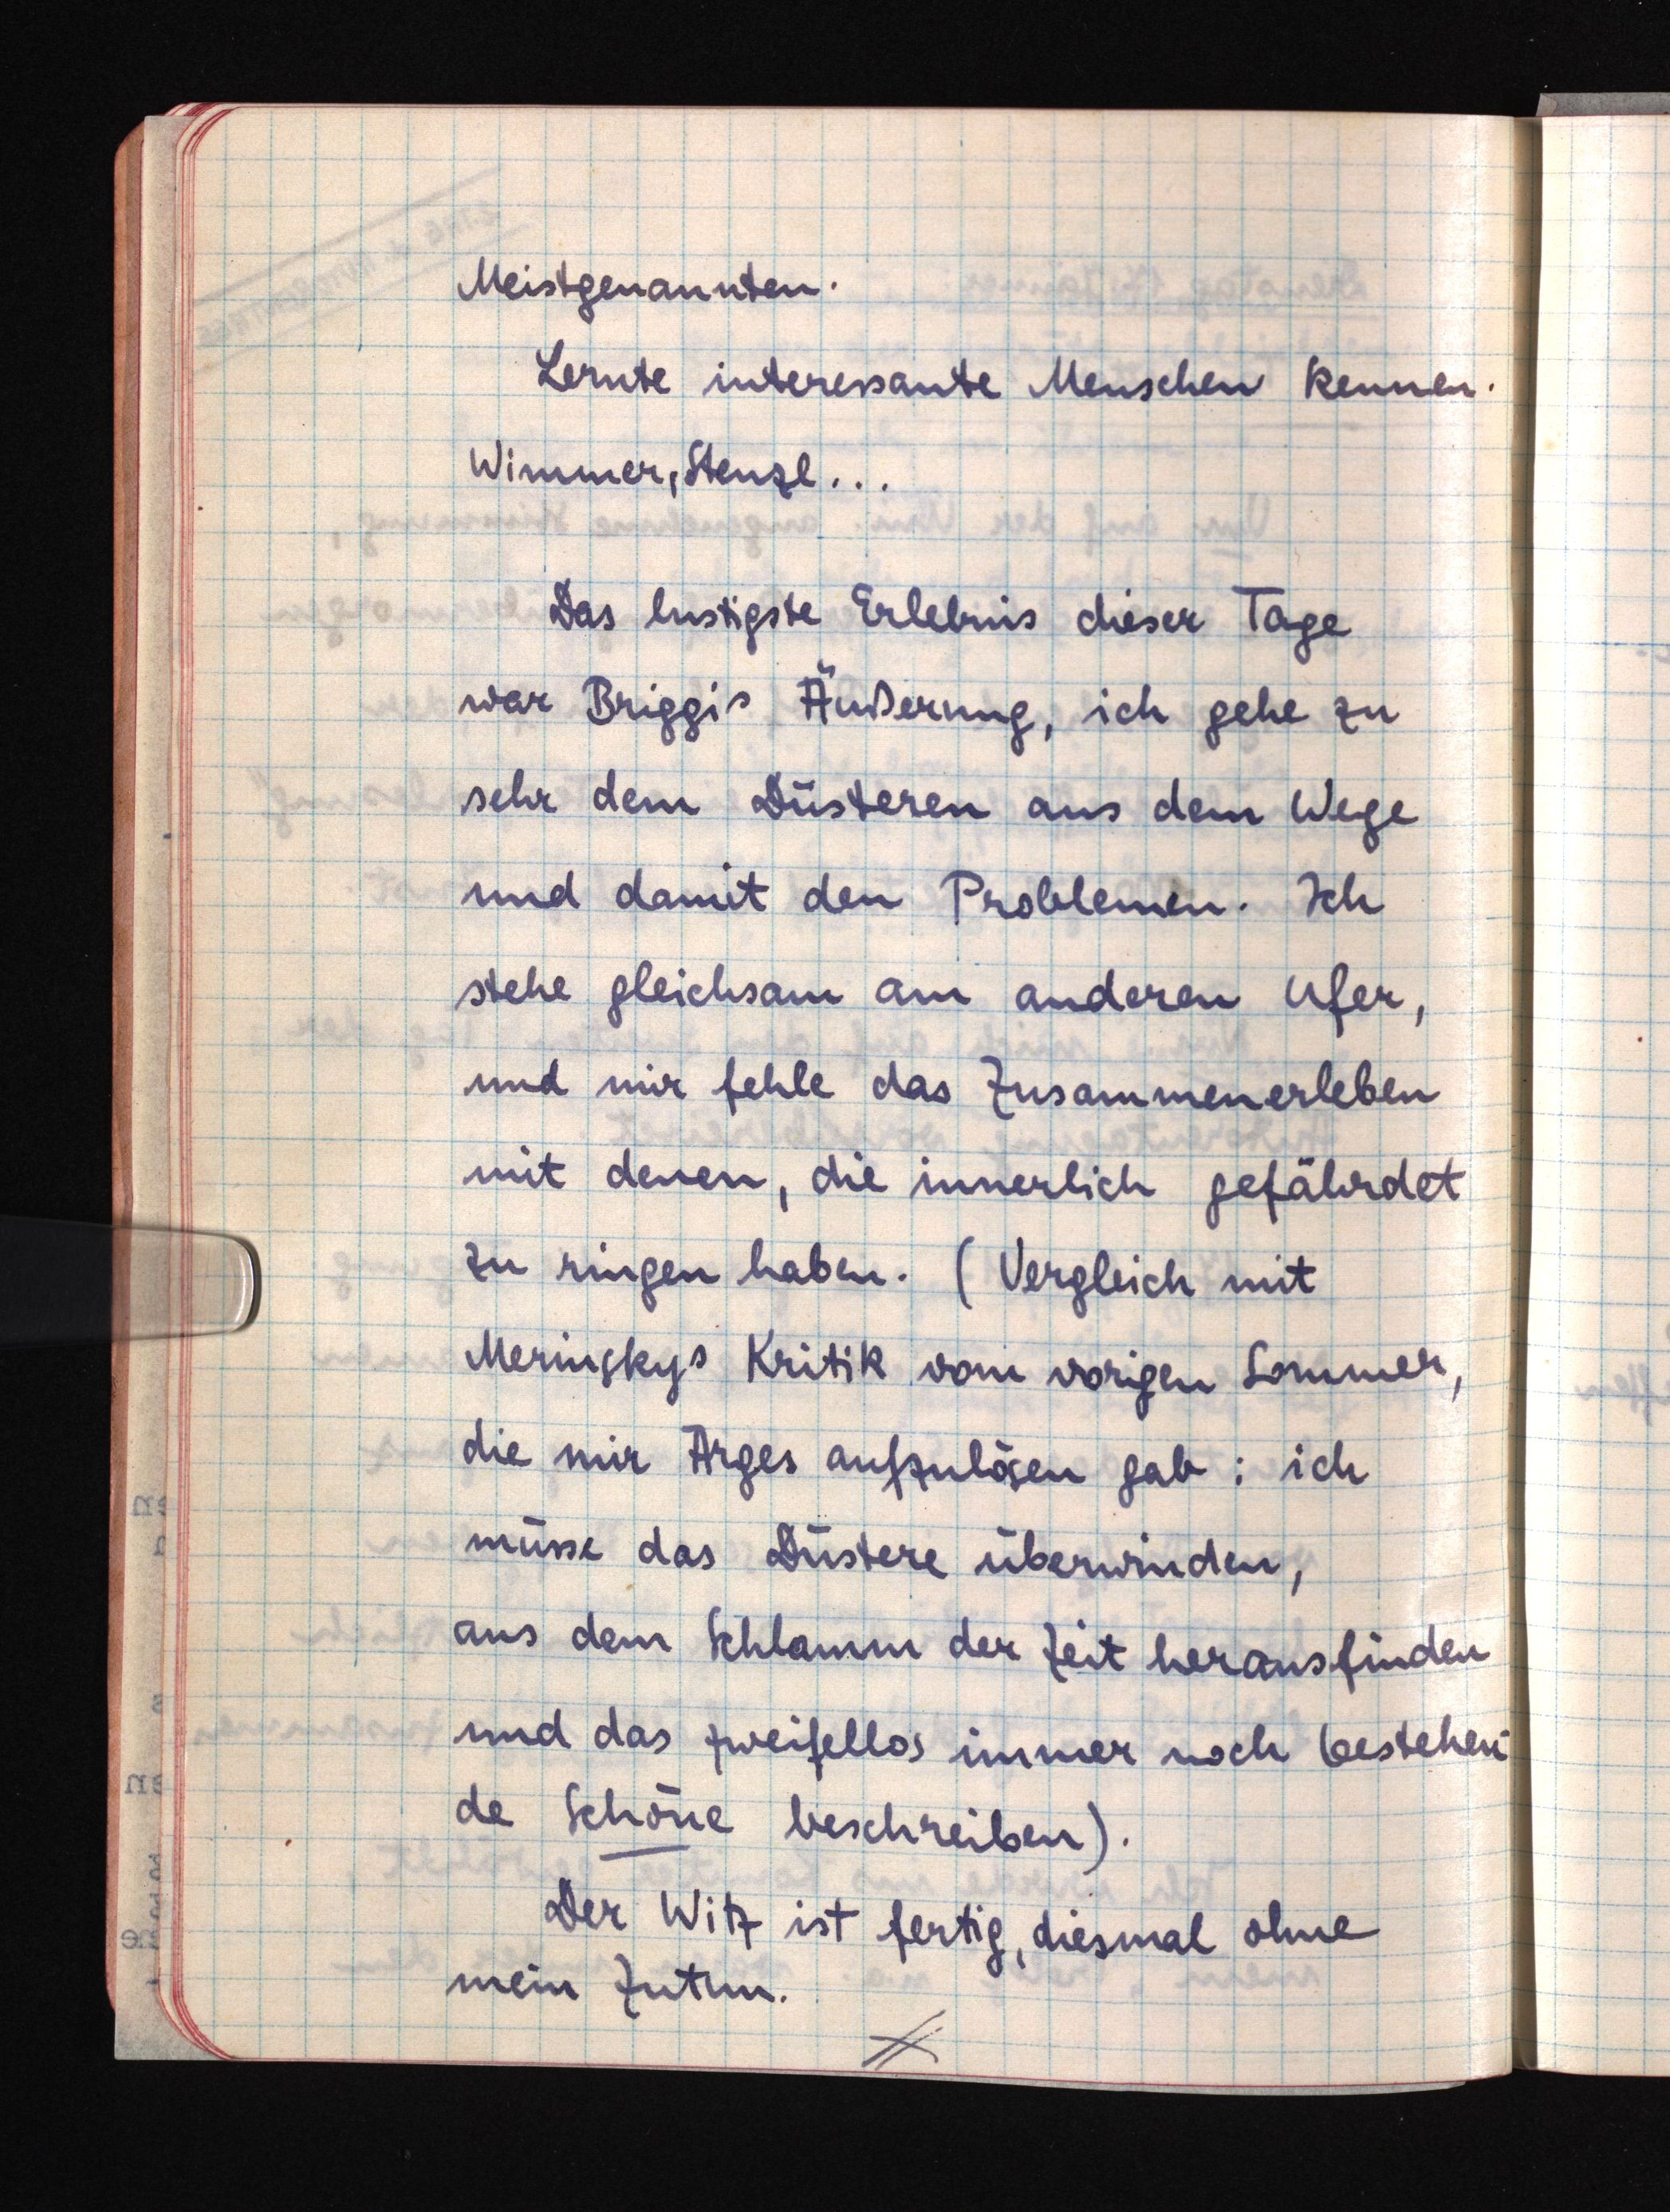
Meistgenannten.
Lernte interessante Menschen kennen.
Wimmer, Stenzl ...
Das lustigste Erlebnis dieser Tage
war Briggis Äußerung, ich gehe zu
sehr dem Düsteren aus dem Wege
und damit den Problemen. Ich
stehe gleichsam am anderen Ufer,
und mir fehle das Zusammenerleben
mit denen, die innerlich gefährdet
zu ringen haben. (Vergleich mit
Merinskys Kritik vom vorigen Sommer,
die mir Arges aufzulösen gab: ich
müsse das Düstere überwinden,
aus dem Schlamm der Zeit herausfinden
und das zweifellos immer noch bestehende
Schöne beschreiben).
Der Witz ist fertig, diesmal ohne
mein Zutun.